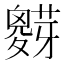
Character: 𱾷